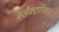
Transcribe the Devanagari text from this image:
इलैक्टानिक्स